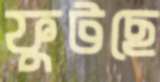
ফুটছে